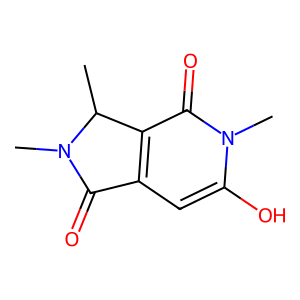
SMILES: CC1c2c(cc(O)n(C)c2=O)C(=O)N1C
Inhibits HIV replication: No